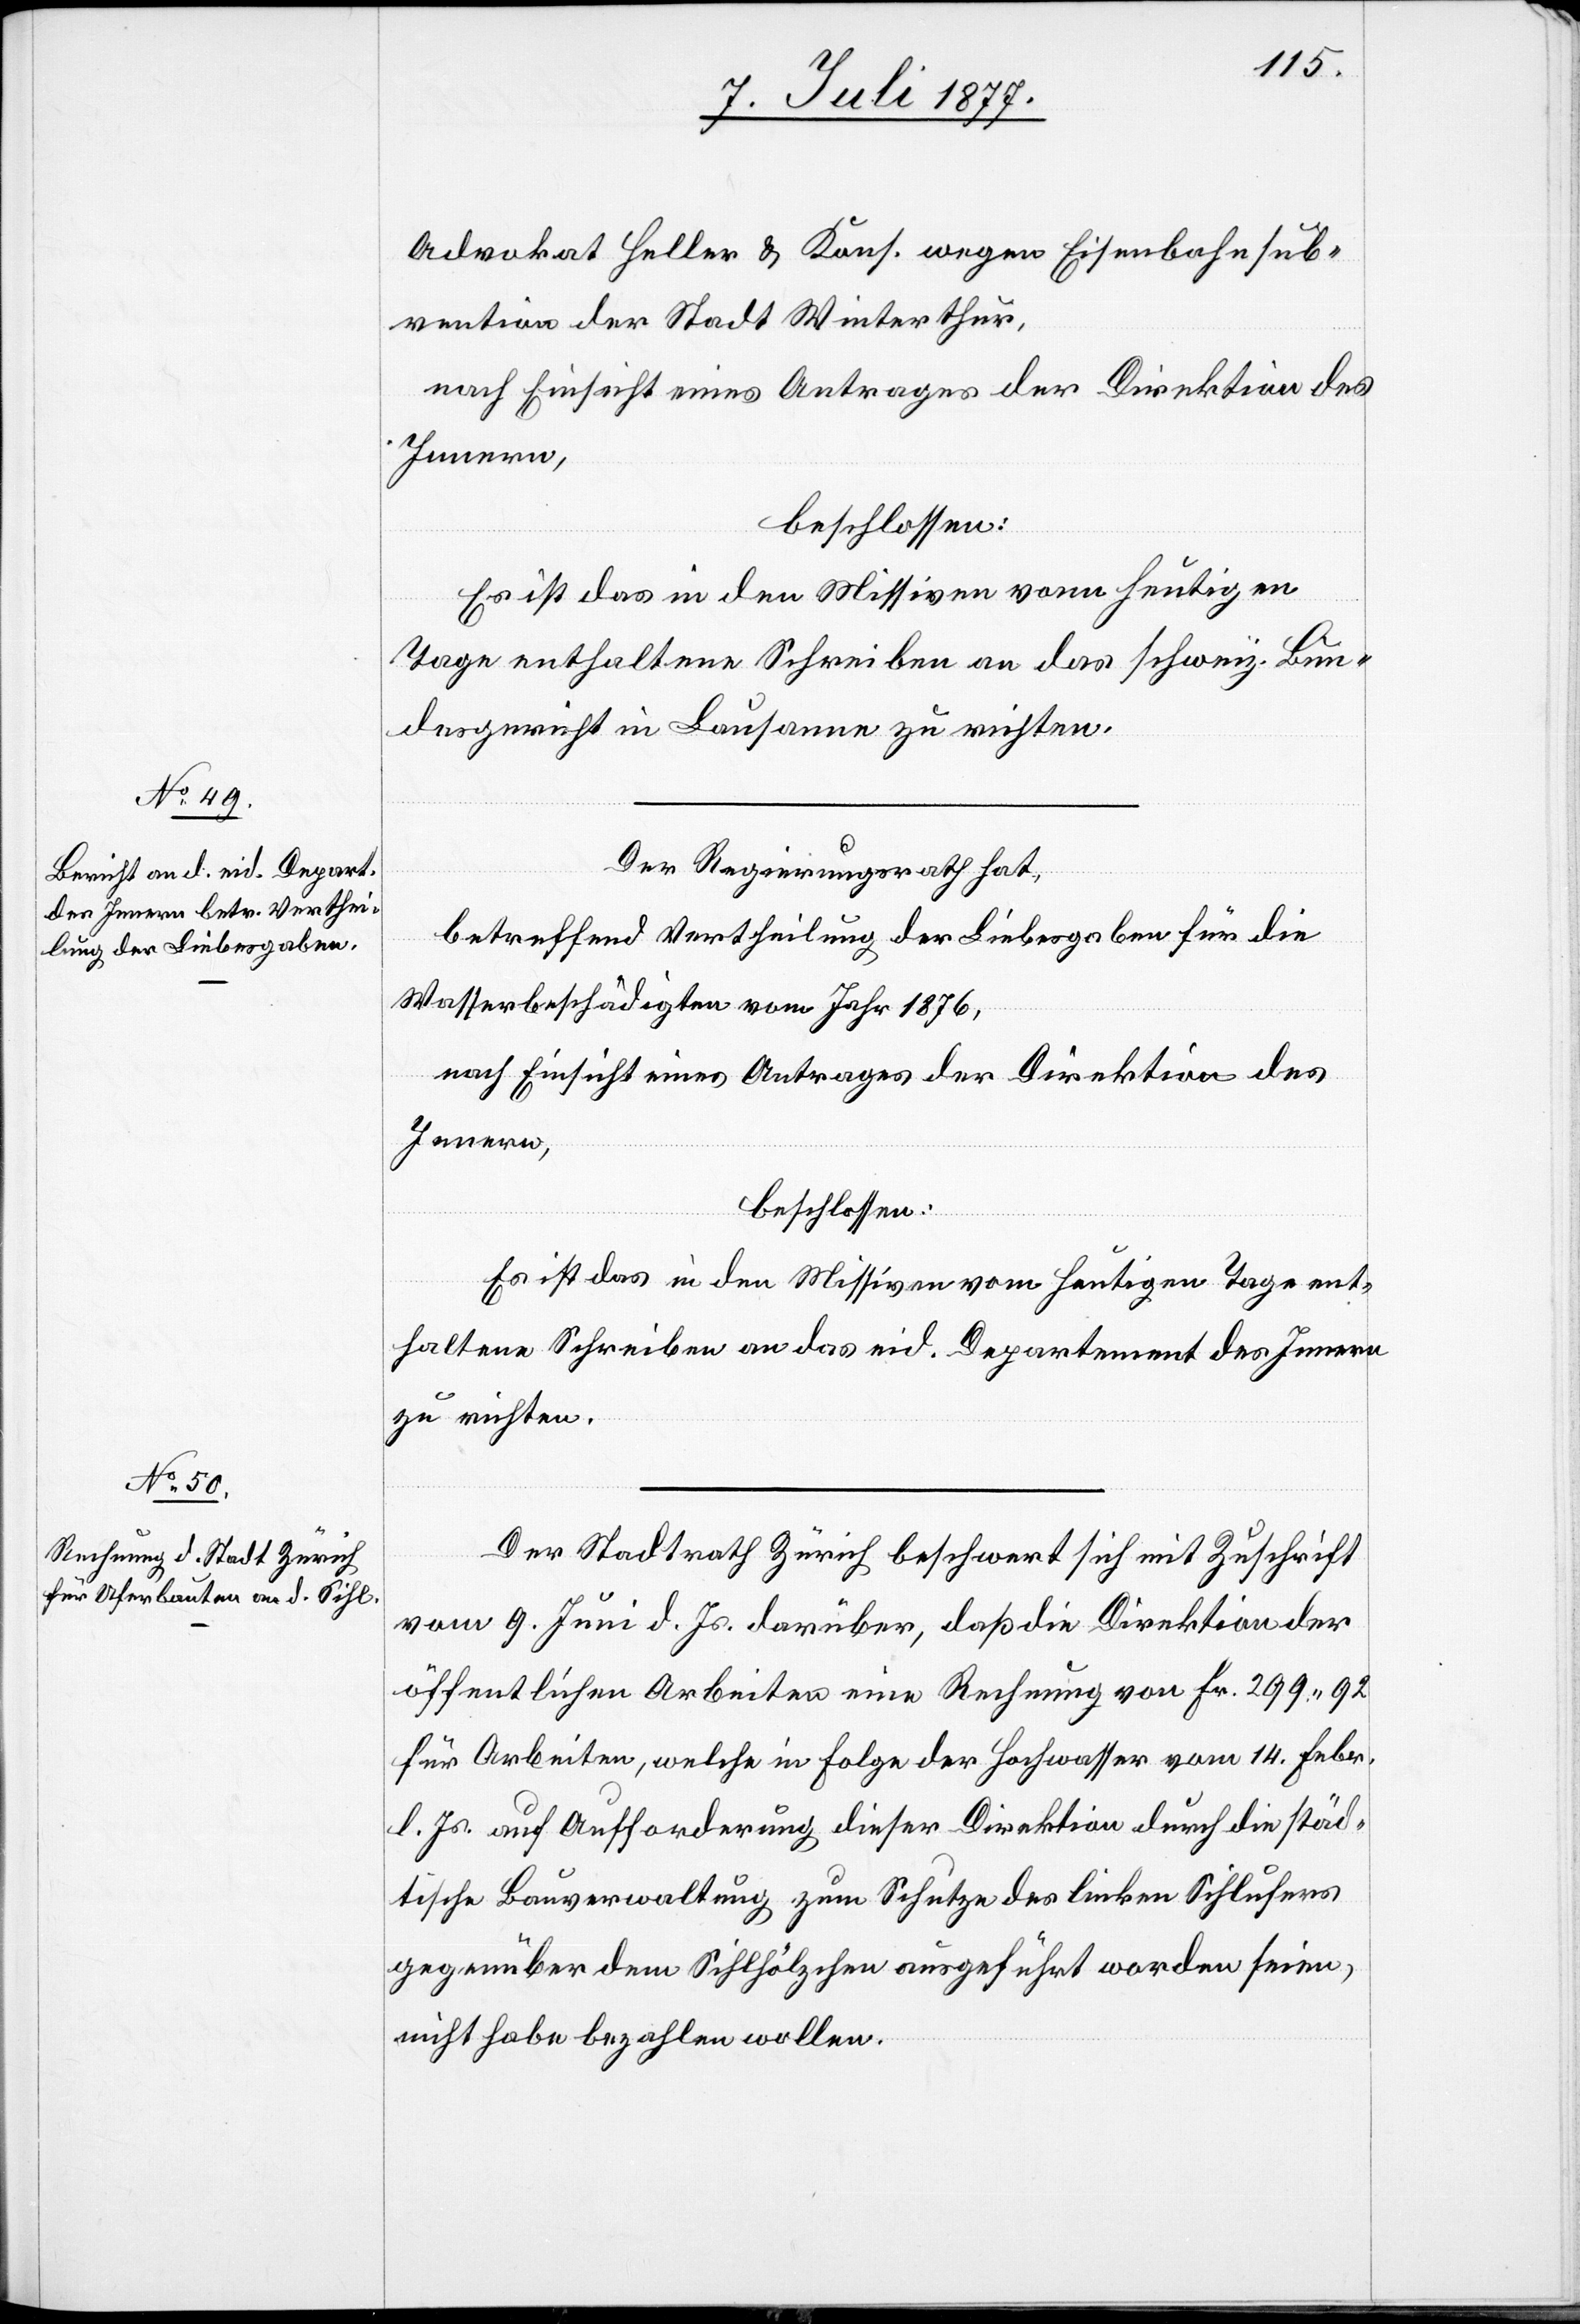
Advokat Heller & Kons. wegen Eisenbahnsub¬
vention der Stadt Winterthur,
nach Einsicht eines Antrages der Direktion des
Innern,
beschlossen:
Es ist das in den Missiven vom heutigen
Tage enthaltene Schreiben an das schweiz. Bun¬
desgericht in Lausanne zu richten.
Der Regierungsrath hat,
betreffend Vertheilung der Liebesgaben für die
Wasserbeschädigten vom Jahr 1876,
nach Einsicht eines Antrages der Direktion des
Innern,
beschlossen:
Es ist das in den Missiven vom heutigen Tage ent¬
haltene Schreiben an das eid. Departement des Innern
zu richten.
Der Stadtrath Zürich beschwert sich mit Zuschrift
vom 9. Juni d. Js. darüber, daß die Direktion der
öffentlichen Arbeiten eine Rechnung von Fr. 299.92
für Arbeiten, welche in Folge der Hochwasser vom 14. Febr.
l. Js. auf Aufforderung dieser Direktion durch die städ¬
tische Bauverwaltung zum Schutze des linken Sihlufers
gegenüber dem Sihlhölzchen ausgeführt worden seien,
nicht habe bezahlen wollen.